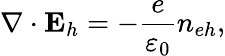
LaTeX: \nabla\cdot{\mathbf E}_{h}=-\frac{e}{\varepsilon_{0}}n_{eh},